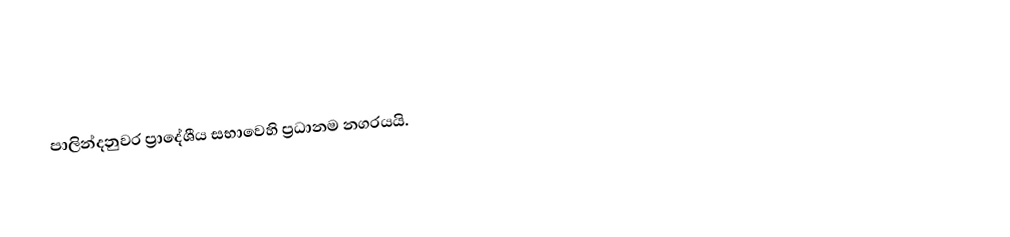
පාලින්දනුවර ප්‍රාදේශීය සභාවෙහි ප්‍රධානම නගරයයි.